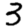
Digit: 3